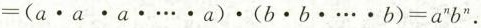
$$= （ a \cdot a \cdot a \cdot … \cdot a ） \cdot （ b \cdot b \cdot … \cdot b ） = a ^{n} b ^{n}$$.